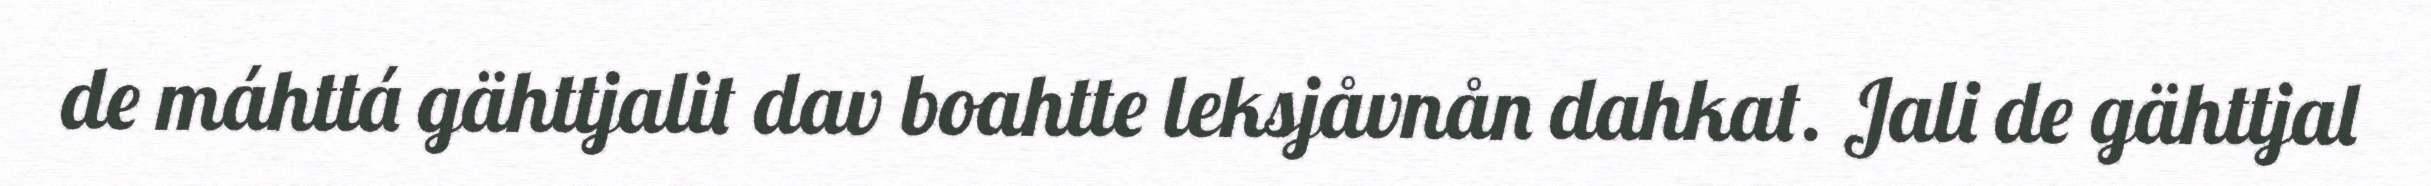
de máhttá gähttjalit dav boahtte leksjåvnån dahkat. Jali de gähttjal